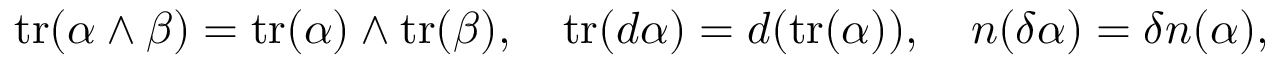
\mathrm { t r } ( \alpha \wedge \beta ) = \mathrm { t r } ( \alpha ) \wedge \mathrm { t r } ( \beta ) , \quad \mathrm { t r } ( d \alpha ) = d ( \mathrm { t r } ( \alpha ) ) , \quad \boldsymbol { n } ( \delta \alpha ) = \delta \boldsymbol { n } ( \alpha ) ,